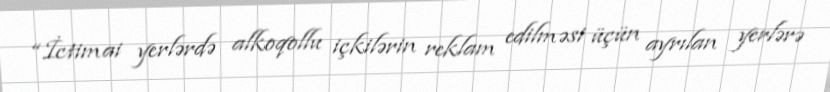
“İctimai yerlərdə alkoqollu içkilərin reklam edilməsi üçün ayrılan yerlərə